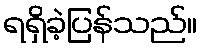
ရရှိခဲ့ပြန်သည်။